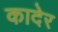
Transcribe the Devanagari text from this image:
कादेर